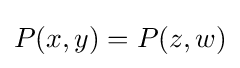
P(x,y)=P(z,w)